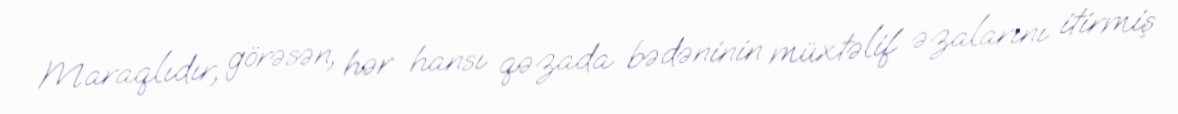
Maraqlıdır, görəsən, hər hansı qəzada bədəninin müxtəlif əzalarını itirmiş